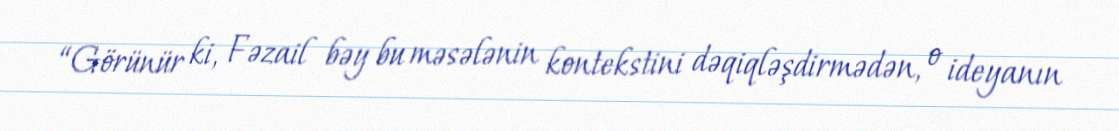
“Görünür ki, Fəzail bəy bu məsələnin kontekstini dəqiqləşdirmədən, o ideyanın